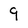
Character: 9